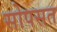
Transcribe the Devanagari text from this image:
सोपसत